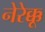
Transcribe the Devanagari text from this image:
नेरेक्कू